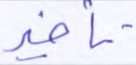
تأخير